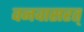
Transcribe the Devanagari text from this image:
वनवासरत्